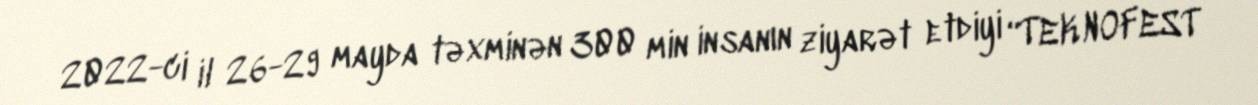
2022-ci il 26-29 mayda təxminən 300 min insanın ziyarət etdiyi “TEKNOFEST